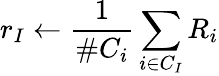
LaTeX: r_{I}\leftarrow\frac{1}{\# C_{i}}\sum_{i\in C_{I}}R_{i}